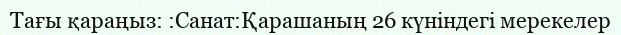
Тағы қараңыз: :Санат:Қарашаның 26 күніндегі мерекелер